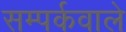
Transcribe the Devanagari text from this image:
सम्पर्कवाले